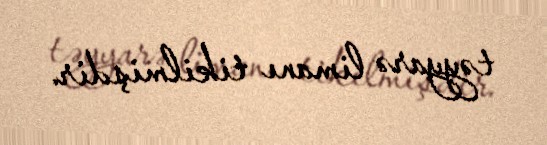
təyyarə limanı tikilmişdir.